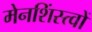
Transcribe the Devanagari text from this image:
मेनशिंस्त्वों